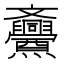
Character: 𱡧